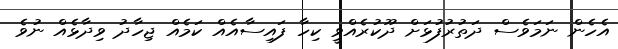
އެހެން ނަމަވެސް ދަތުރުފުޅަށް ދޫކުރެއްވީ ކިހާ ފައިސާއެއް ކަމެއް ޖިހާދު ވިދާޅެއް ނުވެ